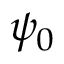
\psi _ { 0 }